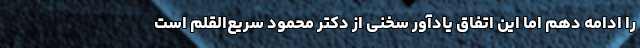
را ادامه دهم اما این اتفاق یادآور سخنی از دکتر محمود سریع‌القلم است